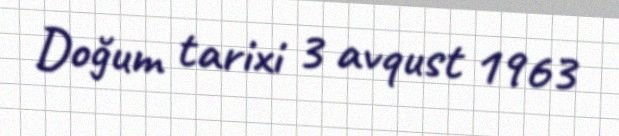
Doğum tarixi 3 avqust 1963